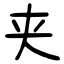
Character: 夹